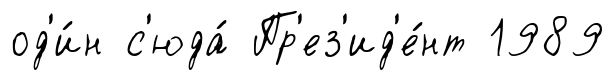
од'и́н с'юда́ Пр'ез'ид'е́нт 1989